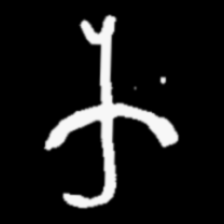
Pyu character \u2014 Myanmar letter: က (romanized: ka)